Report of an investigation into the causes of malaria in Bombay and the measures necessary for its control
Disease focus: Malaria
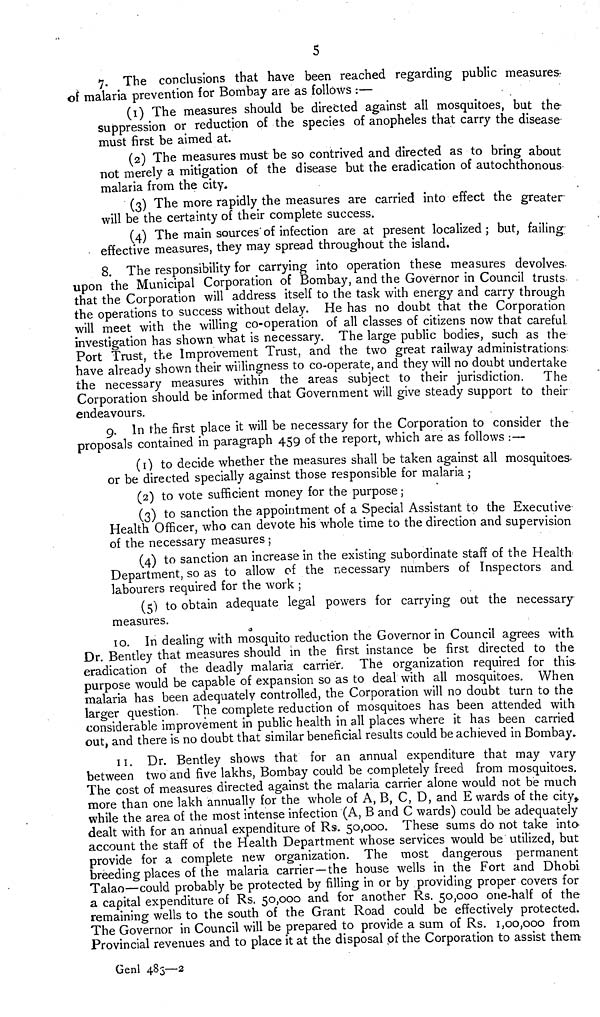
5
7. The conclusions that have been reached regarding public measures-
of malaria prevention for Bombay are as follows :—
(1) The measures should be directed against all mosquitoes, but the-
suppression or reduction of the species of anopheles that carry the disease
must first be aimed at.
(2) The measures must be so contrived and directed as to bring about
not merely a mitigation of the disease but the eradication of autochthonous-
malaria from the city.
(3) The more rapidly the measures are carried into effect the greater-
will be the certainty of their complete success.
(4) The main sources of infection are at present localized ; but, failing
effective measures, they may spread throughout the island.
8. The responsibility for carrying into operation these measures devolves-
upon the Municipal Corporation of Bombay, and the Governor in Council trusts.
that the Corporation will address itself to the task with energy and carry through
the operations to success without delay. He has no doubt that the Corporation
will meet with the willing co-operation of all classes of citizens now that careful,
investigation has shown what is necessary. The large public bodies, such as the
Port Trust, the Improvement Trust, and the two great railway administrations-
have already shown their willingness to co-operate, and they will no doubt undertake
the necessary measures within the areas subject to their jurisdiction. The
Corporation should be informed that Government will give steady support to their
endeavours.
9. In the first place it will be necessary for the Corporation to consider the
proposals contained in paragraph 459 of the report, which are as follows :—
(1) to decide whether the measures shall be taken against all mosquitoes-
or be directed specially against those responsible for malaria ;
(2) to vote sufficient money for the purpose ;
(3) to sanction the appointment of a Special Assistant to the Executive
Health Officer, who can devote his whole time to the direction and supervision
of the necessary measures ;
(4) to sanction an increase in the existing subordinate staff of the Health
Department, so as to allow of the necessary numbers of Inspectors and
labourers required for the work ;
(5) to obtain adequate legal powers for carrying out the necessary
measures.
10. In dealing with mosquito reduction the Governor in Council agrees with,
Dr. Bentley that measures should in the first instance be first directed to the
eradication of the deadly malaria carrier. The organization required for this
purpose would be capable of expansion so as to deal with all mosquitoes. When
malaria has been adequately controlled, the Corporation will no doubt turn to the
larger question. The complete reduction of mosquitoes has been attended with
considerable improvement in public health in all places where it has been carried
out, and there is no doubt that similar beneficial results could be achieved in Bombay.
11. Dr. Bentley shows that for an annual expenditure that may vary
between two and five lakhs, Bombay could be completely freed from mosquitoes.
The cost of measures directed against the malaria carrier alone would not be much
more than one lakh annually for the whole of A, B, C, D, and E wards of the city,
while the area of the most intense infection (A, B and C wards) could be adequately
dealt with for an annual expenditure of Rs. 50,000. These sums do not take into-
account the staff of the Health Department whose services would be utilized, but
provide for a complete new organization. The most dangerous permanent
breeding places of the malaria carrier—the house wells in the Fort and Dhobi
Talao—could probably be protected by filling in or by providing proper covers for
a capital expenditure of Rs. 50,000 and for another Rs. 50,000 one-half of the
remaining wells to the south of the Grant Road could be effectively protected.
The Governor in Council will be prepared to provide a sum of Rs. 1,00,000 from
Provincial revenues and to place it at the disposal of the Corporation to assist them
Geni 483—2